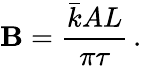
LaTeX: \mathbf{B}=\frac{{\bar{{k}}AL}}{{\pi\tau}}\, .